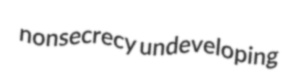
nonsecrecy undeveloping